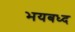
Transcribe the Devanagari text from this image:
भयबध्द